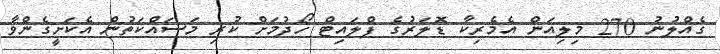
ގެއްލުނު 270 މިލިއަން އެމެރިކާ ޑޮލަރުގެ ފްލައިޓް ހޯދުމަށް ކުރި މަސައްކަތުން އެކަށީގެންވާ